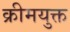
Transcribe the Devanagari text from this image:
क्रीमयुक्त